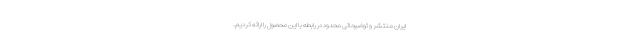
ایران منتشر و توضیحاتی محدود در رابطه با این محصول را ارائه کردیم.